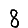
Digit: 8